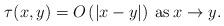
LaTeX: \begin{align*}\tau (x,y)=O\left( \left\vert x-y\right\vert \right) \>\mathrm{as}\>x\rightarrow y. \end{align*}